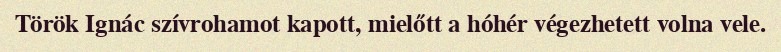
Török Ignác szívrohamot kapott, mielőtt a hóhér végezhetett volna vele.